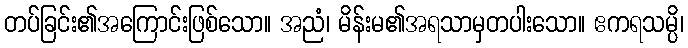
တပ်ခြင်း၏အကြောင်းဖြစ်သော။ အညံ၊ မိန်းမ၏အရသာမှတပါးသော။ ဧကရသမ္ပိ၊